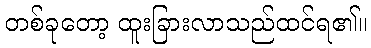
တစ်ခုတော့ ထူးခြားလာသည်ထင်ရ၏။